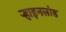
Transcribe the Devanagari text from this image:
र्‍हाइनलांड